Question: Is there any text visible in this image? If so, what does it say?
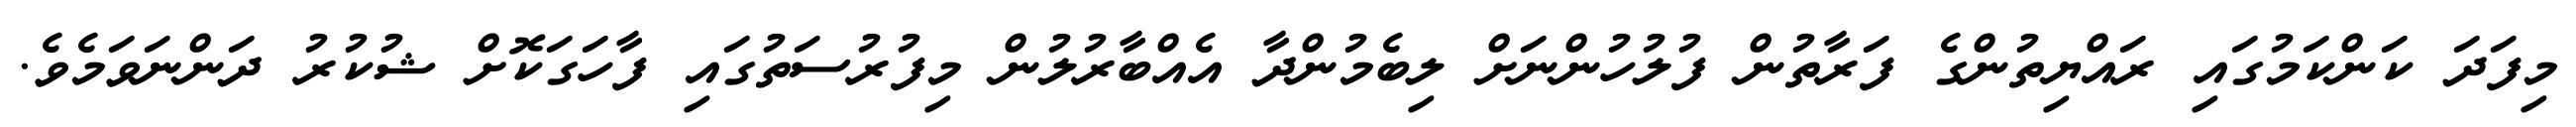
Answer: މިފަދަ ކަންކަމުގައި ރައްޔިތުންގެ ފަރާތުން ފުލުހުންނަށް ލިބެމުންދާ އެއްބާރުލުން މިފުރުސަތުގައި ފާހަގަކޮށް ޝުކުރު ދަންނަވަމެވެ.